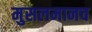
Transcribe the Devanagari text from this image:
मुसलमानच